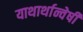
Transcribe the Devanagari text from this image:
याथार्थान्वेषी